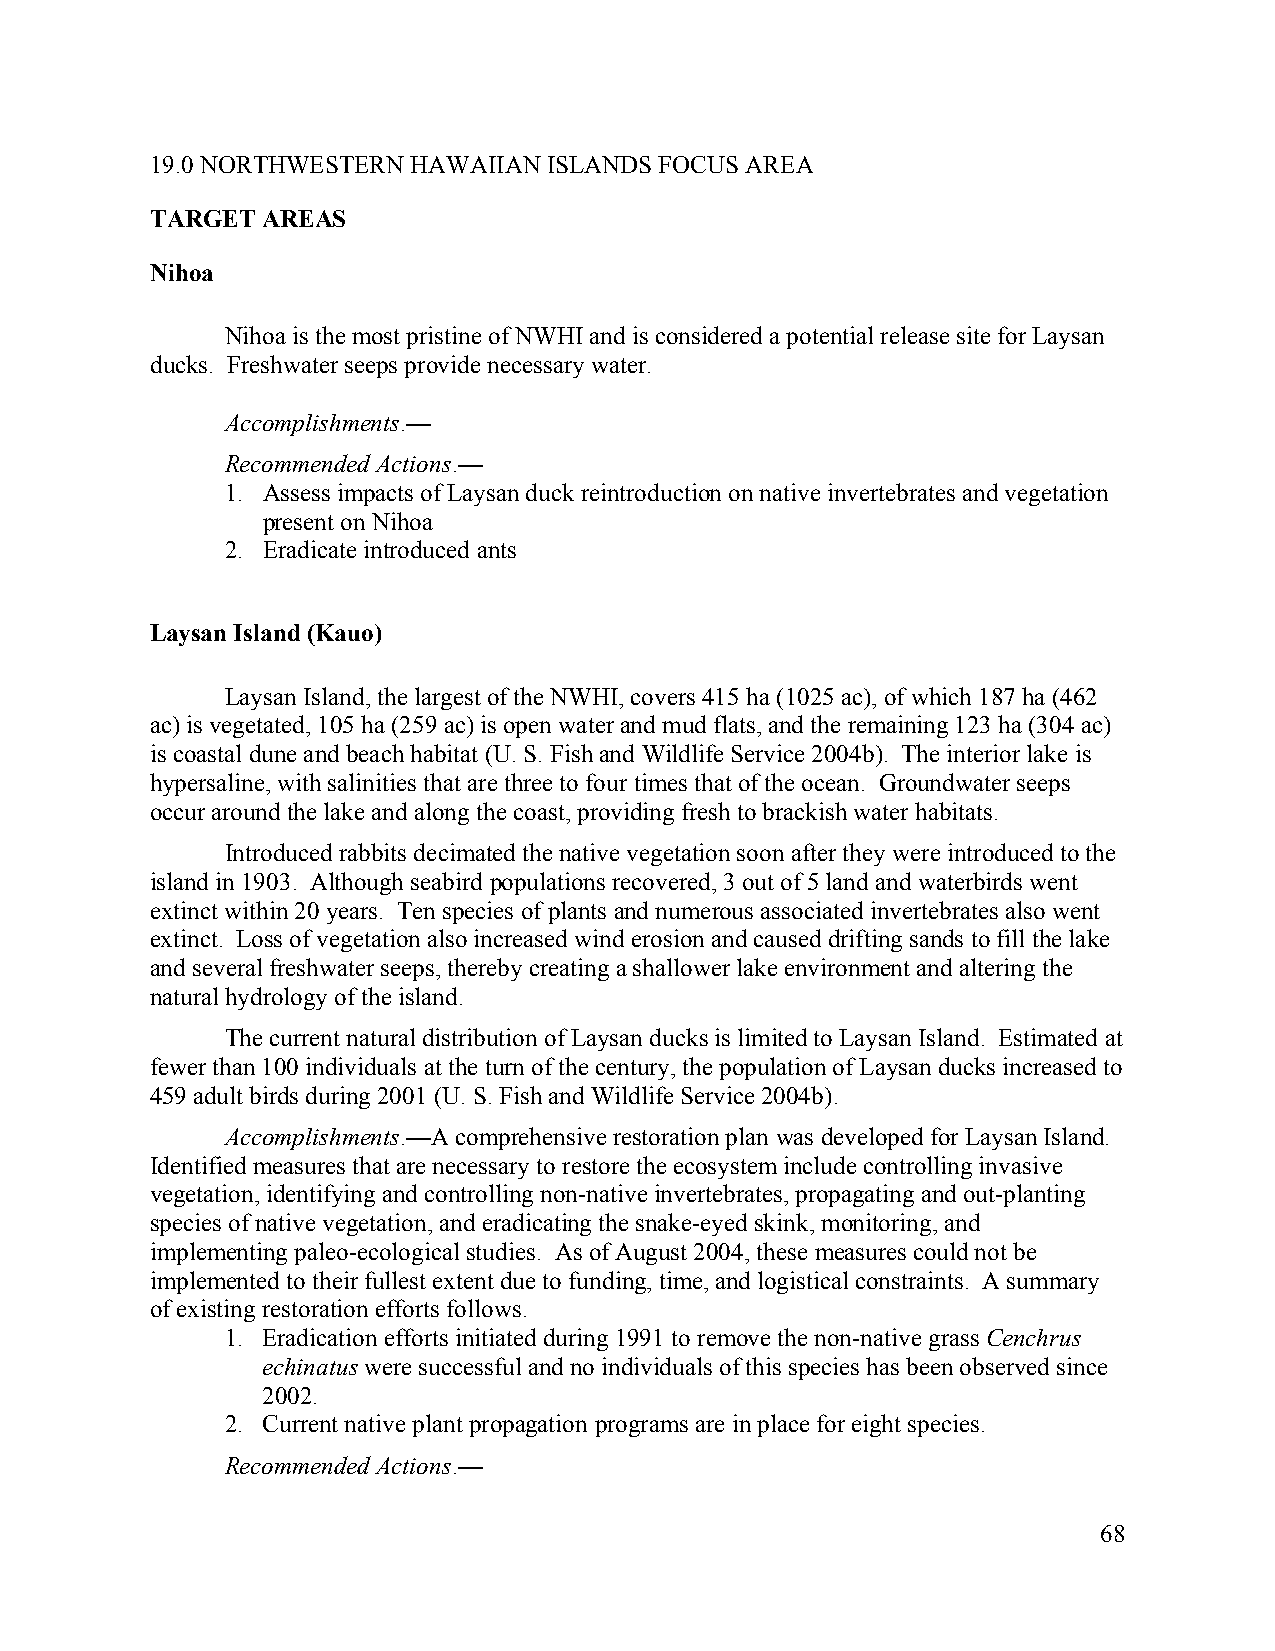
19.0 NORTHWESTERN HAWAIIAN ISLANDS FOCUS AREA
 TARGET AREAS
 Nihoa
 Nihoa is the most pristine of NWHI and is considered a potential release site for Laysan
 ducks. Freshwater seeps provide necessary water.
 Accomplishments.—
 Recommended Actions.—
 1. Assess impacts of Laysan duck reintroduction on native invertebrates and vegetation
 present on Nihoa
 2. Eradicate introduced ants
 Laysan Island (Kauo)
 Laysan Island, the largest of the NWHI, covers 415 ha (1025 ac), of which 187 ha (462
 ac) is vegetated, 105 ha (259 ac) is open water and mud flats, and the remaining 123 ha (304 ac)
 is coastal dune and beach habitat (U. S. Fish and Wildlife Service 2004b). The interior lake is
 hypersaline, with salinities that are three to four times that of the ocean. Groundwater seeps
 occur around the lake and along the coast, providing fresh to brackish water habitats.
 Introduced rabbits decimated the native vegetation soon after they were introduced to the
 island in 1903. Although seabird populations recovered, 3 out of 5 land and waterbirds went
 extinct within 20 years. Ten species of plants and numerous associated invertebrates also went
 extinct. Loss of vegetation also increased wind erosion and caused drifting sands to fill the lake
 and several freshwater seeps, thereby creating a shallower lake environment and altering the
 natural hydrology of the island.
 The current natural distribution of Laysan ducks is limited to Laysan Island. Estimated at
 fewer than 100 individuals at the turn of the century, the population of Laysan ducks increased to
 459 adult birds during 2001 (U. S. Fish and Wildlife Service 2004b).
 Accomplishments.—A comprehensive restoration plan was developed for Laysan Island.
 Identified measures that are necessary to restore the ecosystem include controlling invasive
 vegetation, identifying and controlling non-native invertebrates, propagating and out-planting
 species of native vegetation, and eradicating the snake-eyed skink, monitoring, and
 implementing paleo-ecological studies. As of August 2004, these measures could not be
 implemented to their fullest extent due to funding, time, and logistical constraints. A summary
 of existing restoration efforts follows.
 1. Eradication efforts initiated during 1991 to remove the non-native grass Cenchrus
 echinatus were successful and no individuals of this species has been observed since
 2002.
 2. Current native plant propagation programs are in place for eight species.
 Recommended Actions.—
 68